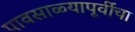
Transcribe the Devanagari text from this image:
पावसाळ्यापूर्वीचा